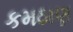
કમઠાણ